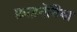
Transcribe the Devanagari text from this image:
फ़ाइनेविया